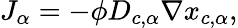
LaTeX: J_{\alpha}=-\phi D_{c,\alpha}\nabla x_{c,\alpha},